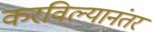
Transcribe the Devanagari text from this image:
करविल्यानंतर